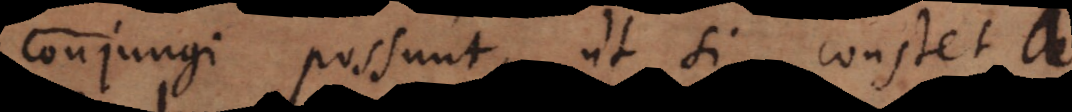
conjungi possunt, ut si constet a